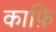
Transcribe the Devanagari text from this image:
काफ़ि